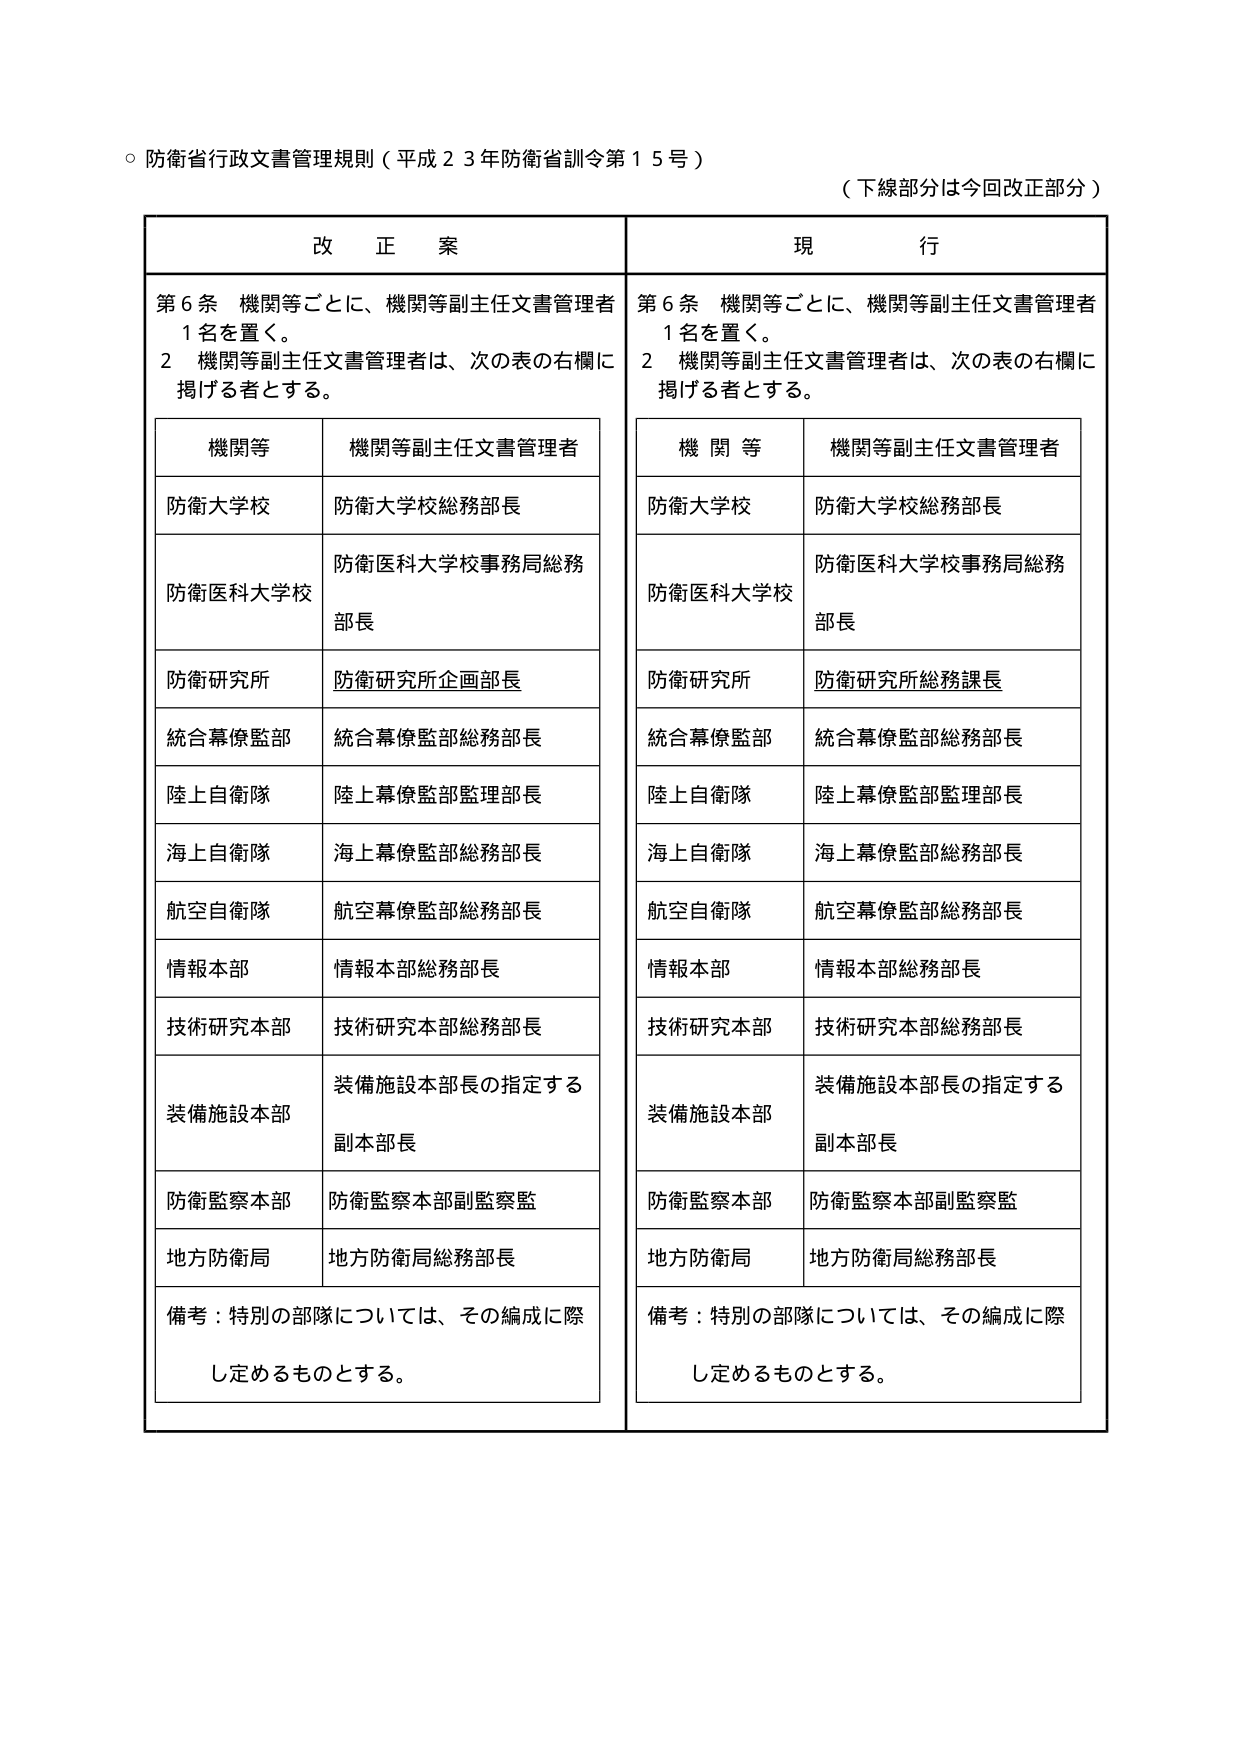
○ 防衛省行政文書管理規則（平成２３年防衛省訓令第１５号）

（下線部分は今回改正部分）

改正案

第６条 機関等ごとに、機関等副主任文書管理者１名を置く。
２ 機関等副主任文書管理者は、次の表の右欄に掲げる者とする。

機関等　　　　　　　　機関等副主任文書管理者
防衛大学校　　　　　　防衛大学校総務部長
防衛医科大学校　　　　防衛医科大学校事務局総務部長
防衛研究所　　　　　　防衛研究所企画部長
統合幕僚監部　　　　統合幕僚監部総務部長
陸上自衛隊　　　　　　陸上幕僚監部監理部長
海上自衛隊　　　　　　海上幕僚監部総務部長
航空自衛隊　　　　　　航空幕僚監部総務部長
情報本部　　　　　　　情報本部総務部長
技術研究本部　　　　技術研究本部総務部長
装備施設本部　　　　装備施設本部長の指定する副本部長
防衛監察本部　　　　防衛監察本部副監察監
地方防衛局　　　　　　地方防衛局総務部長
備考：特別の部隊については、その編成に際し定めるものとする。

現行

第６条 機関等ごとに、機関等副主任文書管理者１名を置く。
２ 機関等副主任文書管理者は、次の表の右欄に掲げる者とする。

機関等　　　　　　　　機関等副主任文書管理者
防衛大学校　　　　　　防衛大学校総務部長
防衛医科大学校　　　　防衛医科大学校事務局総務部長
防衛研究所　　　　　　防衛研究所総務課長
統合幕僚監部　　　　統合幕僚監部総務部長
陸上自衛隊　　　　　　陸上幕僚監部監理部長
海上自衛隊　　　　　　海上幕僚監部総務部長
航空自衛隊　　　　　　航空幕僚監部総務部長
情報本部　　　　　　　情報本部総務部長
技術研究本部　　　　技術研究本部総務部長
装備施設本部　　　　装備施設本部長の指定する副本部長
防衛監察本部　　　　防衛監察本部副監察監
地方防衛局　　　　　　地方防衛局総務部長
備考：特別の部隊については、その編成に際し定めるものとする。